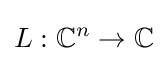
L:\mathbb {C} ^{n}\to \mathbb {C}